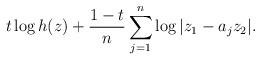
LaTeX: \begin{align*} t \log h(z)+\frac{1-t}{n}\sum_{j=1}^n\log|z_1-a_jz_2|. \end{align*}